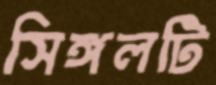
সিঙ্গলটি